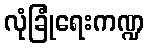
လုံခြုံရေးကဏ္ဍ